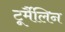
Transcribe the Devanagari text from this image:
टूर्मैलिन